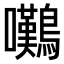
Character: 𫛗